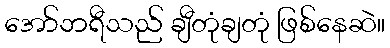
အော်ဘရီသည် ချီတုံချတုံ ဖြစ်နေဆဲ။